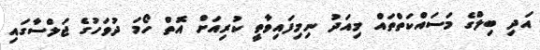
އަދި ބިލްގެ މަސައްކަތްތައް މިއަދު ނިމިފައިވާތީ ކުރިއަށް އޮތް ހޯމަ ދުވަހުގެ ޖަލްސާގައި